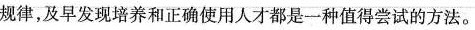
规律，及早发现培养和正确使用人才都是一种值得尝试的方法。